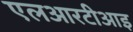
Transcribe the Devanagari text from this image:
एलआरटीआइ